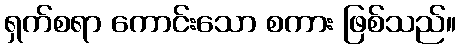
ရှက်စရာ ကောင်းသော စကား ဖြစ်သည်။